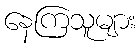
နေကြသူများ